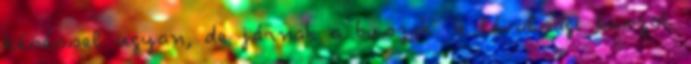
késéssel ugyan, de járnak a buszok. A távolsági buszok